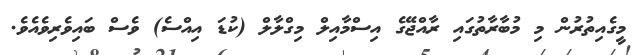
މީގެއިތުރުން މި މުބާރާތުގައި ރާއްޖޭގެ އިސްމާއިލް މިގްލާލް (ކުޑަ އިއްސެ) ވެސް ބައިވެރިވެއެވެ.